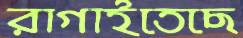
রাগাইতেছে